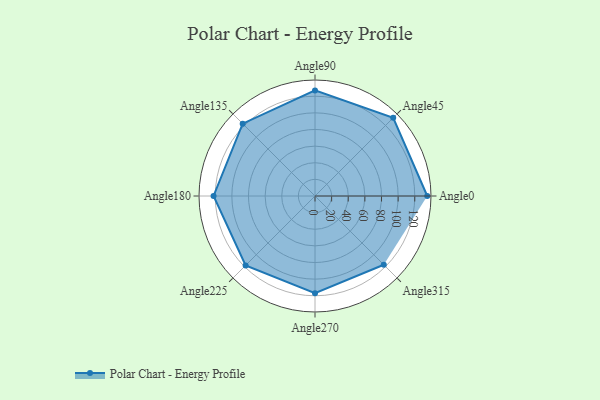
{"axis": {"x": "Angle", "y": "Radius"}, "legend": [""], "data": [{"x": "Angle0", "y": 135.0, "type": ""}, {"x": "Angle45", "y": 133.0, "type": ""}, {"x": "Angle90", "y": 127.0, "type": ""}, {"x": "Angle135", "y": 123.0, "type": ""}, {"x": "Angle180", "y": 122.0, "type": ""}, {"x": "Angle225", "y": 118.0, "type": ""}, {"x": "Angle270", "y": 117.0, "type": ""}, {"x": "Angle315", "y": 117.0, "type": ""}]}